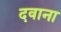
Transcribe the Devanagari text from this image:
दवाना